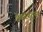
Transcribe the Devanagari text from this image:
हेडरेस्ट्स